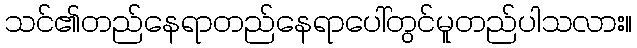
သင်၏တည်နေရာတည်နေရာပေါ်တွင်မူတည်ပါသလား။